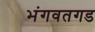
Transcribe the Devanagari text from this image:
भंगवतगड